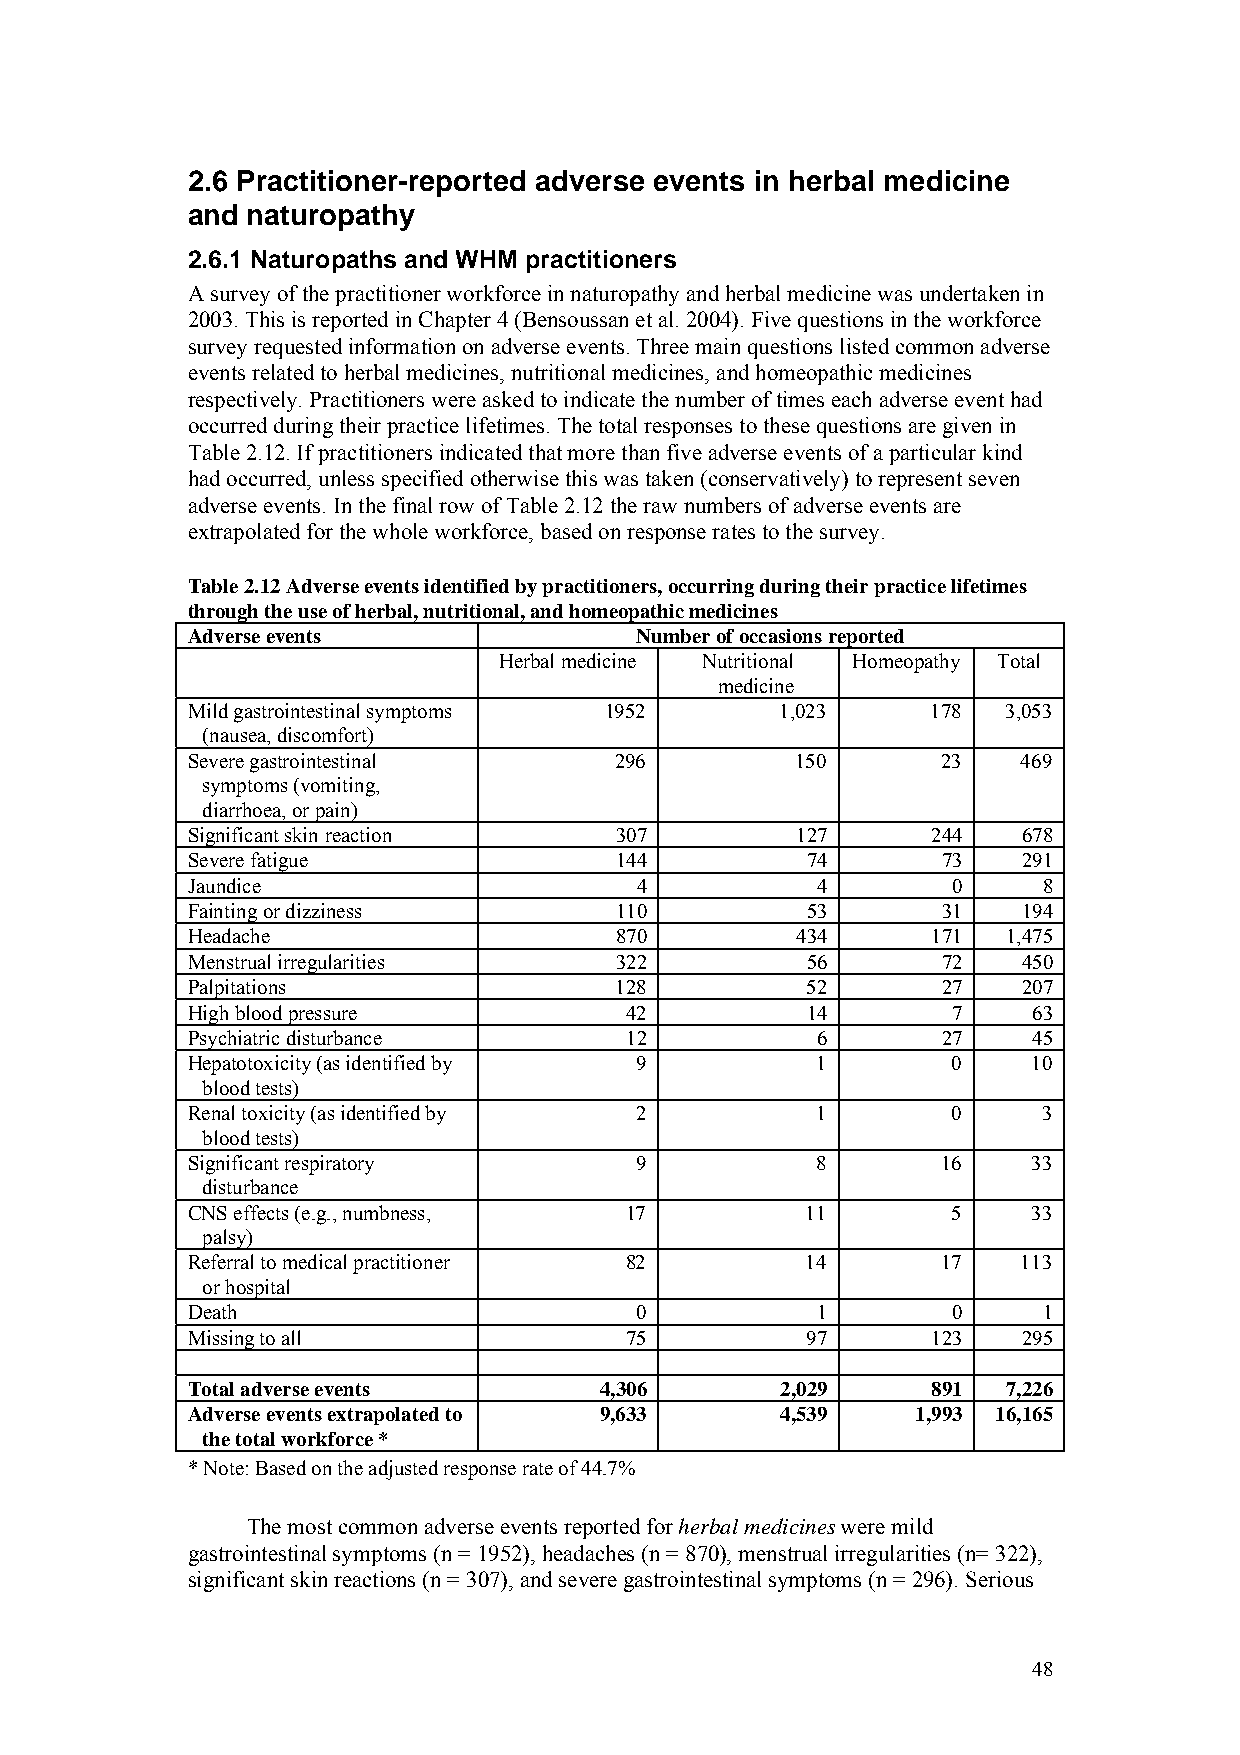
2.6 Practitioner-reported adverse events in herbal medicine
 and naturopathy
 2.6.1 Naturopaths and WHM practitioners
 A survey of the practitioner workforce in naturopathy and herbal medicine was undertaken in
 2003. This is reported in Chapter 4 (Bensoussan et al. 2004). Five questions in the workforce
 survey requested information on adverse events. Three main questions listed common adverse
 events related to herbal medicines, nutritional medicines, and homeopathic medicines
 respectively. Practitioners were asked to indicate the number of times each adverse event had
 occurred during their practice lifetimes. The total responses to these questions are given in
 Table 2.12. If practitioners indicated that more than five adverse events of a particular kind
 had occurred, unless specified otherwise this was taken (conservatively) to represent seven
 adverse events. In the final row of Table 2.12 the raw numbers of adverse events are
 extrapolated for the whole workforce, based on response rates to the survey.
 Table 2.12 Adverse events identified by practitioners, occurring during their practice lifetimes
 through the use of herbal, nutritional, and homeopathic medicines
 Adverse events                Number of occasions reported
 Herbal medicine Nutritional Homeopathy Total
 medicine
 Mild gastrointestinal symptoms 1952     1,023     178  3,053
 (nausea, discomfort)
 Severe gastrointestinal      296         150      23    469
 symptoms (vomiting,
 diarrhoea, or pain)
 Significant skin reaction    307         127      244   678
 Severe fatigue               144         74       73    291
 Jaundice                      4           4        0     8
 Fainting or dizziness        110         53       31    194
 Headache                     870         434      171  1,475
 Menstrual irregularities     322         56       72    450
 Palpitations                 128         52       27    207
 High blood pressure          42          14        7    63
 Psychiatric disturbance      12           6       27    45
 Hepatotoxicity (as identified by 9        1        0    10
 blood tests)
 Renal toxicity (as identified by 2        1        0     3
 blood tests)
 Significant respiratory       9           8       16    33
 disturbance
 CNS effects (e.g., numbness, 17          11        5    33
 palsy)
 Referral to medical practitioner 82      14       17    113
 or hospital
 Death                         0           1        0     1
 Missing to all               75          97       123   295
 Total adverse events        4,306       2,029     891  7,226
 Adverse events extrapolated to 9,633    4,539    1,993 16,165
 the total workforce *
 * Note: Based on the adjusted response rate of 44.7%
 The most common adverse events reported for herbal medicines were mild
 gastrointestinal symptoms (n = 1952), headaches (n = 870), menstrual irregularities (n= 322),
 significant skin reactions (n = 307), and severe gastrointestinal symptoms (n = 296). Serious
 48